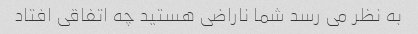
به نظر می رسد شما ناراضی هستید چه اتفاقی افتاد